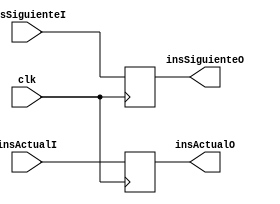
module BUFFER0(
	input clk, 
	input [31:0]insSiguienteI,insActualI,
	output reg [31:0]insSiguienteO,insActualO
);

always @(posedge clk)
begin
	insSiguienteO = insSiguienteI;
	insActualO = insActualI;
end

endmodule